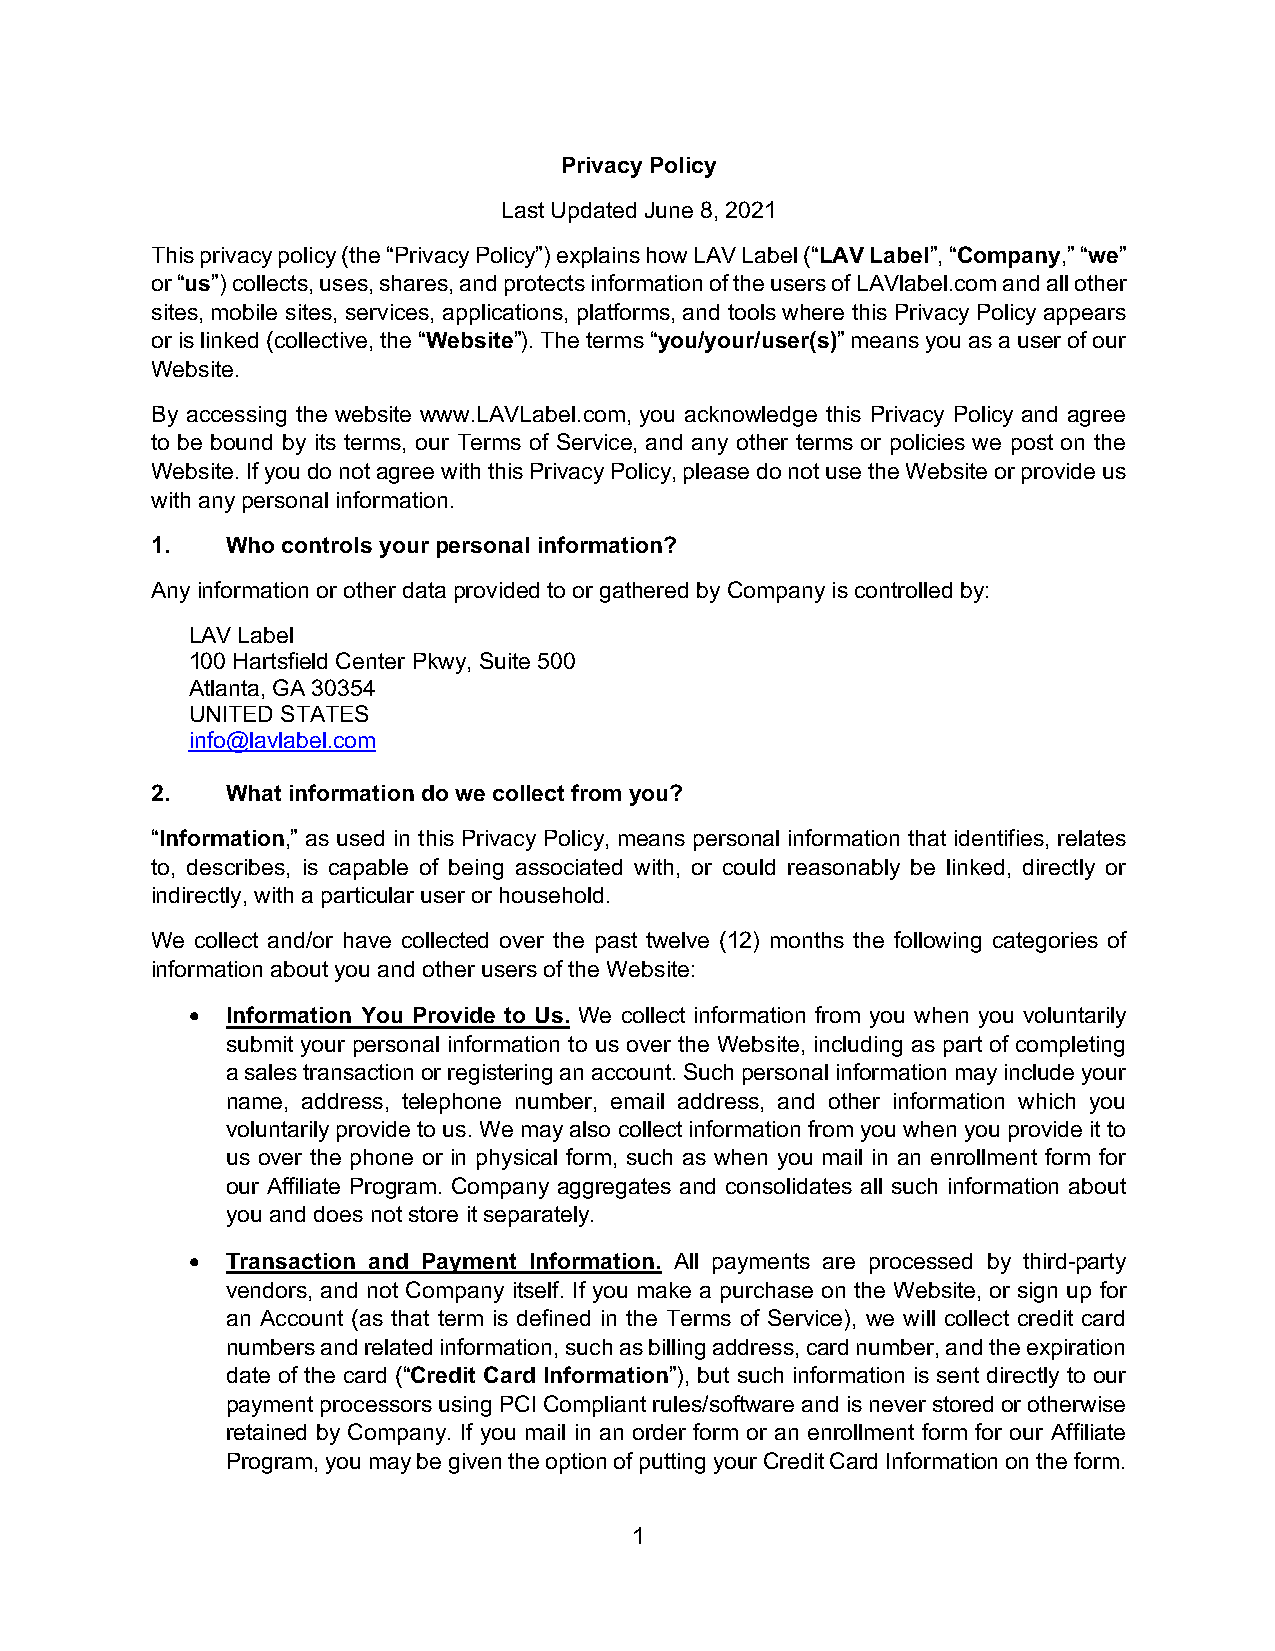
Privacy Policy
 Last Updated June 8, 2021
 This privacy policy (the “Privacy Policy”) explains how LAV Label (“LAV Label”, “Company,” “we”
 or “us”) collects, uses, shares, and protects information of the users of LAVlabel.com and all other
 sites, mobile sites, services, applications, platforms, and tools where this Privacy Policy appears
 or is linked (collective, the “Website”). The terms “you/your/user(s)” means you as a user of our
 Website.
 By accessing the website www.LAVLabel.com, you acknowledge this Privacy Policy and agree
 to be bound by its terms, our Terms of Service, and any other terms or policies we post on the
 Website. If you do not agree with this Privacy Policy, please do not use the Website or provide us
 with any personal information.
 1.   Who controls your personal information?
 Any information or other data provided to or gathered by Company is controlled by:
 LAV Label
 100 Hartsfield Center Pkwy, Suite 500
 Atlanta, GA 30354
 UNITED STATES
 info@lavlabel.com
 2.   What information do we collect from you?
 “Information,” as used in this Privacy Policy, means personal information that identifies, relates
 to, describes, is capable of being associated with, or could reasonably be linked, directly or
 indirectly, with a particular user or household.
 We collect and/or have collected over the past twelve (12) months the following categories of
 information about you and other users of the Website:
 •  Information You Provide to Us. We collect information from you when you voluntarily
 submit your personal information to us over the Website, including as part of completing
 a sales transaction or registering an account. Such personal information may include your
 name, address, telephone number, email address, and other information which you
 voluntarily provide to us. We may also collect information from you when you provide it to
 us over the phone or in physical form, such as when you mail in an enrollment form for
 our Affiliate Program. Company aggregates and consolidates all such information about
 you and does not store it separately.
 •  Transaction and Payment Information. All payments are processed by third-party
 vendors, and not Company itself. If you make a purchase on the Website, or sign up for
 an Account (as that term is defined in the Terms of Service), we will collect credit card
 numbers and related information, such as billing address, card number, and the expiration
 date of the card (“Credit Card Information”), but such information is sent directly to our
 payment processors using PCI Compliant rules/software and is never stored or otherwise
 retained by Company. If you mail in an order form or an enrollment form for our Affiliate
 Program, you may be given the option of putting your Credit Card Information on the form.
 1